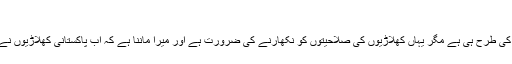
“
مائیکل سلیٹر کا کہنا تھا کہ ”پاکستان میں کرکٹ کے حوالے سے ٹیلنٹ دیگر ممالک کی طرح ہی ہے مگر یہاں کھلاڑیوں کی صلاحیتوں کو نکھارنے کی ضرورت ہے اور میرا ماننا ہے کہ اب پاکستانی کھلاڑیوں نے سخت محنت شروع کر دی ہے جس کے باعث وہ حقیقی ایتھلیٹس بنتے جا رہے ہیں۔